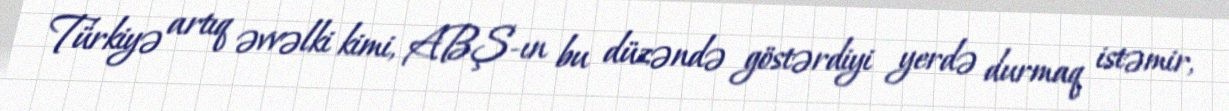
Türkiyə artıq əvvəlki kimi, ABŞ-ın bu düzəndə göstərdiyi yerdə durmaq istəmir,